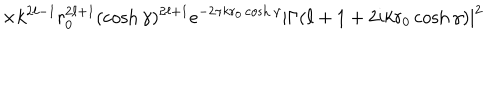
LaTeX: \times k ^ { 2 \ell - 1 } r _ { 0 } ^ { 2 \ell + 1 } ( \cosh \gamma ) ^ { 2 \ell + 1 } e ^ { - 2 \pi k r _ { 0 } \cosh \gamma } | \Gamma ( \ell + 1 + 2 i k r _ { 0 } \cosh \gamma ) | ^ { 2 }